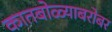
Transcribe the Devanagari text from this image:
कातबोळ्याबरोबर